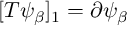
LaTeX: [ T \psi _ { \beta } ] _ { 1 } = \partial \psi _ { \beta }